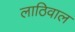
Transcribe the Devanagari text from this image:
लाठिवाल